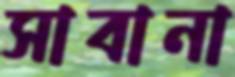
সাবানা